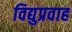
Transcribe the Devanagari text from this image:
विद्युप्रवाह